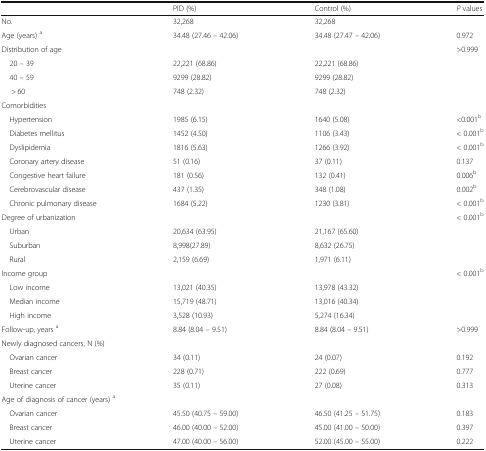
<table><thead><tr><td></td><td><b>PID (%)</b></td><td><b>Control (%)</b></td><td><b><i>P</i> values</b></td></tr></thead><tbody><tr><td>No.</td><td>32,268</td><td>32,268</td><td></td></tr><tr><td>Age (years) <sup>a</sup></td><td>34.48 (27.46 – 42.06)</td><td>34.48 (27.47 – 42.06)</td><td>0.972</td></tr><tr><td>Distribution of age</td><td></td><td></td><td>&gt;0.999</td></tr><tr><td> 20 – 39</td><td>22,221 (68.86)</td><td>22,221 (68.86)</td><td></td></tr><tr><td> 40 – 59</td><td>9299 (28.82)</td><td>9299 (28.82)</td><td></td></tr><tr><td>&gt; 60</td><td>748 (2.32)</td><td>748 (2.32)</td><td></td></tr><tr><td>Comorbidities</td><td></td><td></td><td></td></tr><tr><td> Hypertension</td><td>1985 (6.15)</td><td>1640 (5.08)</td><td>&lt;0.001<sup>b</sup></td></tr><tr><td> Diabetes mellitus</td><td>1452 (4.50)</td><td>1106 (3.43)</td><td>&lt; 0.001<sup>b</sup></td></tr><tr><td> Dyslipidemia</td><td>1816 (5.63)</td><td>1266 (3.92)</td><td>&lt; 0.001<sup>b</sup></td></tr><tr><td> Coronary artery disease</td><td>51 (0.16)</td><td>37 (0.11)</td><td>0.137</td></tr><tr><td> Congestive heart failure</td><td>181 (0.56)</td><td>132 (0.41)</td><td>0.006<sup>b</sup></td></tr><tr><td> Cerebrovascular disease</td><td>437 (1.35)</td><td>348 (1.08)</td><td>0.002<sup>b</sup></td></tr><tr><td> Chronic pulmonary disease</td><td>1684 (5.22)</td><td>1230 (3.81)</td><td>&lt; 0.001<sup>b</sup></td></tr><tr><td>Degree of urbanization</td><td></td><td></td><td>&lt; 0.001<sup>b</sup></td></tr><tr><td> Urban</td><td>20,634 (63.95)</td><td>21,167 (65.60)</td><td></td></tr><tr><td> Suburban</td><td>8,998(27.89)</td><td>8,632 (26.75)</td><td></td></tr><tr><td> Rural</td><td>2,159 (6.69)</td><td>1,971 (6.11)</td><td></td></tr><tr><td>Income group</td><td></td><td></td><td>&lt; 0.001<sup>b</sup></td></tr><tr><td> Low income</td><td>13,021 (40.35)</td><td>13,978 (43.32)</td><td></td></tr><tr><td> Median income</td><td>15,719 (48.71)</td><td>13,016 (40.34)</td><td></td></tr><tr><td> High income</td><td>3,528 (10.93)</td><td>5,274 (16.34)</td><td></td></tr><tr><td>Follow-up, years <sup>a</sup></td><td>8.84 (8.04 – 9.51)</td><td>8.84 (8.04 – 9.51)</td><td>&gt;0.999</td></tr><tr><td colspan="4">Newly diagnosed cancers, N (%)</td></tr><tr><td> Ovarian cancer</td><td>34 (0.11)</td><td>24 (0.07)</td><td>0.192</td></tr><tr><td> Breast cancer</td><td>228 (0.71)</td><td>222 (0.69)</td><td>0.777</td></tr><tr><td> Uterine cancer</td><td>35 (0.11)</td><td>27 (0.08)</td><td>0.313</td></tr><tr><td colspan="4">Age of diagnosis of cancer (years) <sup>a</sup></td></tr><tr><td> Ovarian cancer</td><td>45.50 (40.75 – 59.00)</td><td>46.50 (41.25 – 51.75)</td><td>0.183</td></tr><tr><td> Breast cancer</td><td>46.00 (40.00 – 52.00)</td><td>45.00 (41.00 – 50.00)</td><td>0.397</td></tr><tr><td> Uterine cancer</td><td>47.00 (40.00 – 56.00)</td><td>52.00 (45.00 – 55.00)</td><td>0.222</td></tr></tbody></table>